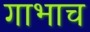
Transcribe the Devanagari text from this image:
गाभाच